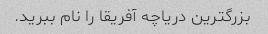
بزرگترین دریاچه آفریقا را نام ببرید.